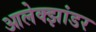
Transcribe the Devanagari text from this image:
आलेक्झांडर